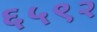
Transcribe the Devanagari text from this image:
६५९२